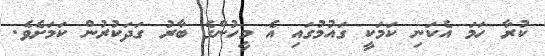
ކުރާ ހަމަ އެކަނި ކަމަކީ ގައުމުގައި އެ މީހުންގެ ބާރު ގަދަކުރުން ކަމަށެވެ.